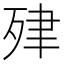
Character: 肂